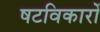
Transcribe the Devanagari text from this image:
षटविकारों